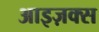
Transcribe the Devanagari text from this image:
आइज़क्स